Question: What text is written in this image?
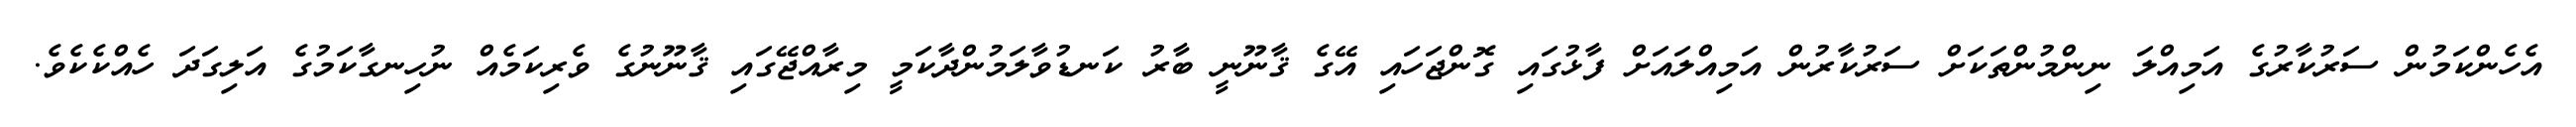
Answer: އެހެންކަމުން ސަރުކާރުގެ އަމިއްލަ ނިންމުންތަކަށް ސަރުކާރުން އަމިއްލައަށް ފާޅުގައި ގޮންޖަހައި އޭގެ ޤާނޫނީ ބާރު ކަނޑުވާލަމުންދާކަމީ މިރާއްޖޭގައި ޤާނޫނުގެ ވެރިކަމެއް ނުހިނގާކަމުގެ އަލިގަދަ ހެއްކެކެވެ.